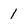
Character: 1